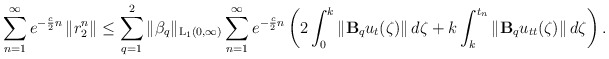
\begin{align*} \sum\limits_{n=1}^{\infty} e^{-\frac{c}{2}n}\left\|r_2^n \right\| \leq \sum\limits_{q=1}^{2}\|\beta_q\|_{\mathrm{L_1}(0,\infty)} \sum\limits_{n=1}^{\infty} e^{-\frac{c}{2}n} \left( 2\int_{0}^{k}\left\|\mathbf{B}_qu_{t}(\zeta)\right\| d\zeta + k \int_{k}^{t_n}\left\|\mathbf{B}_qu_{tt}(\zeta)\right\| d\zeta \right). \end{align*}